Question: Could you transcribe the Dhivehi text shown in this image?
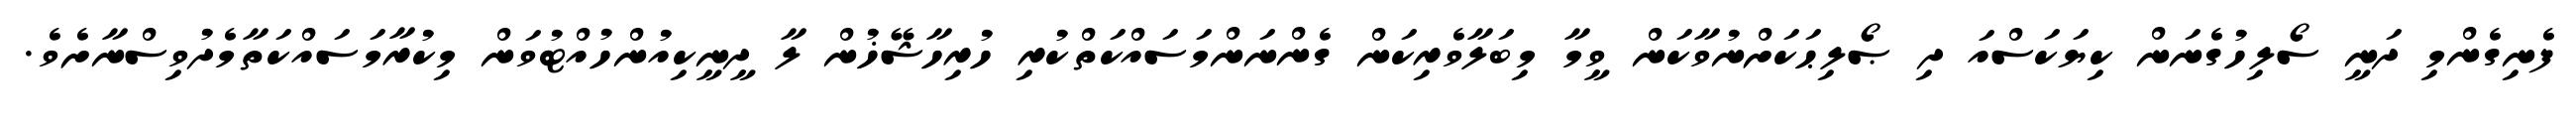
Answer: ފެނިގެންމި ދަނީ ސޯލިހުގެނަން ކިޔަކަސްއަ ދި ޞޯލިޙަކަށްނުވާކަން ވީމާ މިބަލާވެރިކަން ގެންނަންމަސައްކަތްކުރި ހުރިހާޝޭޚުން ލާ ދީނީކިއުންހުއްޓުވަން މިކުރާމަސައްކަތާމެދުވިސްނާށެވެ.